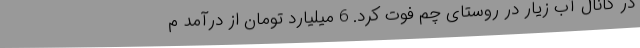
در کانال آب زیار در روستای چم فوت کرد. 6 میلیارد تومان از درآمد م